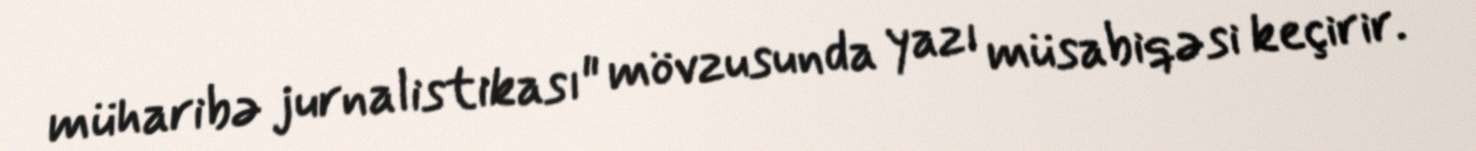
müharibə jurnalistikası" mövzusunda yazı müsabiqəsi keçirir.